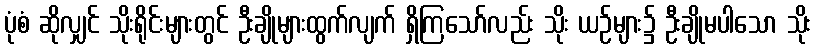
ပုံစံ ဆိုလျှင် သိုးရိုင်းများတွင် ဦးချိုများထွက်လျက် ရှိကြသော်လည်း သိုး ယဉ်များ၌ ဦးချိုမပါသော သိုး